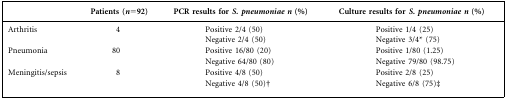
|  | Patients (n=92) | PCR results for S. pneumoniae n (%) | Culture results for S. pneumoniae n (%) |
 | --- | --- | --- | --- |
 | Arthritis | 4 | Positive 2/4 (50) | Positive 1/4 (25) |
 |  |  | Negative 2/4 (50) | Negative 3/4* (75) |
 | Pneumonia | 80 | Positive 16/80 (20) | Positive 1/80 (1.25) |
 |  |  | Negative 64/80 (80) | Negative 79/80 (98.75) |
 | Meningitis/sepsis | 8 | Positive 4/8 (50) | Positive 2/8 (25) |
 |  |  | Negative 4/8 (50)† | Negative 6/8 (75)‡ |